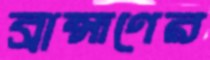
ব্রাহ্মণের